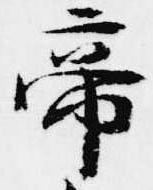
帝